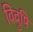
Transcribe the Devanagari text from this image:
विदुषि